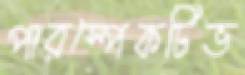
পারস্পেকটিভ